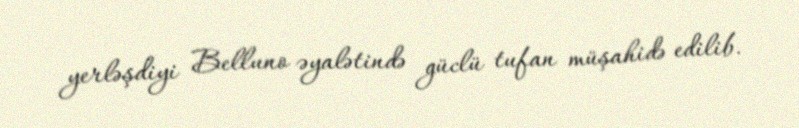
yerləşdiyi Belluno əyalətində güclü tufan müşahidə edilib.